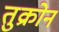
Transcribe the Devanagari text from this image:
तुक्रोन